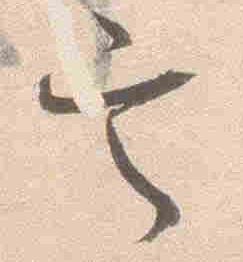
定